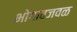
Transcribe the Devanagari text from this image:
भोगावजवळ